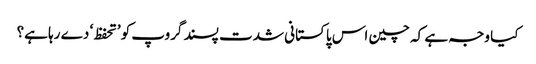
کیا وجہ ہے کہ چین اس پاکستانی شدت پسند گروپ کو ’تحفظ‘ دے رہا ہے؟